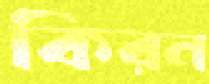
কিরন